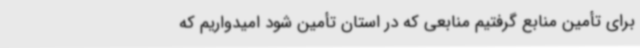
برای تأمین منابع گرفتیم منابعی که در استان تأمین شود امیدواریم که